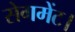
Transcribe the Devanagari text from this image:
सेगमेंट।